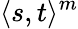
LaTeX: \langle s,t\rangle^{m}